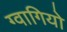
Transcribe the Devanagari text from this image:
ग्वागियो